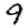
Digit: 9